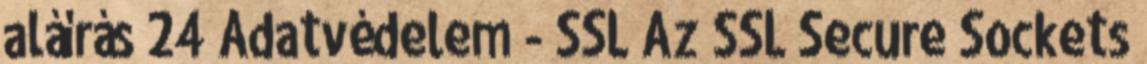
aláírás 24 Adatvédelem - SSL Az SSL Secure Sockets